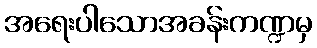
အရေးပါသောအခန်းကဏ္ဍမှ